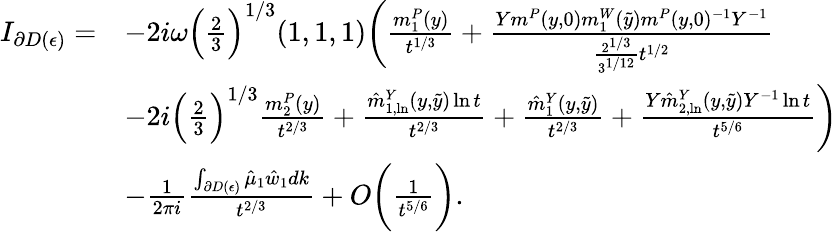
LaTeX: \begin{array}{rl}{I_{\partial D(\epsilon)}=}&{-2i\omega\Big(\frac{2}{3}\Big)^{1/3}(1,1,1)\bigg(\frac{m_{1}^{P}(y)}{t^{1/3}}+\frac{Ym^{P}(y,0)m_{1}^{W}(\tilde{y})m^{P}(y,0)^{-1}Y^{-1}}{\frac{2^{1/3}}{3^{1/12}}t^{1/2}}}\\ &{-2i\Big(\frac{2}{3}\Big)^{1/3}\frac{m_{2}^{P}(y)}{t^{2/3}}+\frac{\hat{m}_{1,\ln}^{Y}(y,\tilde{y})\ln t}{t^{2/3}}+\frac{\hat{m}_{1}^{Y}(y,\tilde{y})}{t^{2/3}}+\frac{Y\hat{m}_{2,\ln}^{Y}(y,\tilde{y})Y^{-1}\ln t}{t^{5/6}}\bigg)}\\ &{-\frac{1}{2\pi i}\frac{\int_{\partial D(\epsilon)}\hat{\mu}_{1}\hat{w}_{1}dk}{t^{2/3}}+O\bigg(\frac{1}{t^{5/6}}\bigg).}\end{array}